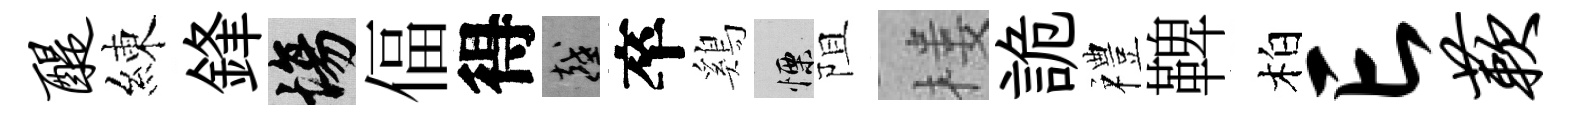
醍練鋒場偪得越卒鷄慄阻楼詭禮鞞柏亡蔌